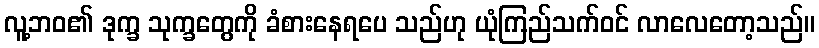
လူ့ဘဝ၏ ဒုက္ခ သုက္ခတွေကို ခံစားနေရပေ သည်ဟု ယုံကြည်သက်ဝင် လာလေတော့သည်။